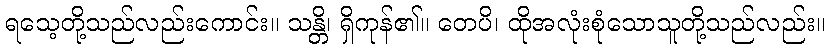
ရသေ့တို့သည်လည်းကောင်း။ သန္တိ၊ ရှိကုန်၏။ တေပိ၊ ထိုအလုံးစုံသောသူတို့သည်လည်း။